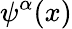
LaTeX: \psi^{\alpha}(x)